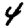
Digit: 4